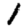
Digit: 1